system: You are a helpful assistant.
user:
Analyze the provided spectrum to determine if it is a **White Dwarf (WD)**.

A White Dwarf spectrum is defined by its **extreme purity** (due to gravitational settling) and/or **extreme pressure broadening** (due to high surface gravity). You must check for one of the following mutually exclusive signatures:

- **Key Visual Indicators (Check for ONE of these types):**

    - **1. DA-Type Signature (Most Common):**
        - **(Primary Feature):** Extreme pressure broadening (Stark broadening) of the **Hydrogen (H) Balmer lines**.
        - **(Key Lines):** $H\beta$ (approx. $4861$ Å) and $H\gamma$ (approx. $4340$ Å). $H\alpha$ (approx. $6563$ Å) will also be present if the wavelength range covers it.
        - **(Line Profile):** This is the **defining feature**. The lines are **NOT** sharp. They appear as massive, **extremely broad and deep "troughs" or "dips"** in the spectrum, often hundreds of Ångströms wide. The continuum will appear to "scoop" down at these wavelengths.
        - **(Distinction):** Normal A-type or B-type stars have *narrow* and *sharp* Hydrogen lines. A DA White Dwarf's lines are unmistakably "smeared" or "blurry" from pressure.

    - **2. DB-Type Signature:**
        - **(Primary Feature):** Broad absorption lines from **Neutral Helium (He I)**. The spectrum must lack any visible Hydrogen lines.
        - **(Key Lines):** Look for broad absorption near $4471$ Å, $4921$ Å, and $5876$ Å.
        - **(Line Profile):** These lines are also significantly pressure-broadened, appearing much wider than they would in a normal B-type main-sequence star.

    - **3. DC-Type Signature:**
        - **(Primary Feature):** A **featureless continuous spectrum**.
        - **(Line Profile):** The spectrum is a smooth curve with **no significant absorption or emission lines**.
        - **(Key Confirmation):** The continuum is almost always **blue or white**, indicating a hot object. This signature implies the atmosphere is so pure (or so cool) that no spectral lines are visible in the optical range. Its WD identity is confirmed by its extremely low intrinsic brightness (high absolute magnitude).

    - **4. DZ-Type Signature (Metal-Polluted):**
        - **(Primary Feature):** **Isolated, narrow metal absorption lines** on an otherwise featureless (DC-like) continuum.
        - **(Key Lines):** The **Calcium (Ca II) H & K doublet** (approx. **$3934$ Å** and **$3968$ Å**) is the most common and defining feature.
        - **(Line Profile):** These lines are "out of place." They are *not* part of a "forest" of thousands of lines. This signature is evidence of recent *accretion* (pollution) from rocky debris.
        - **(Distinction):** Normal G/K/M stars have a *dense forest* of thousands of metal lines. A DZ has a *clean* continuum with *only a few* strong metal lines.

    - **5. DQ-Type Signature (Carbon-Polluted):**
        - **(Primary Feature):** Absorption bands from **Carbon (C₂ "Swan Bands" or atomic C I)**.
        - **(Key Lines - C₂):** Look for bandheads with a "saw-tooth" shape near $5635$ Å, **$5165$ Å** (strongest), and $4737$ Å.
        - **(Key Confirmation):** The underlying **continuum must be blue or white** (hot).
        - **(Distinction):** This is the critical difference from a **Carbon Star**, which has the *exact same* C₂ bands but on an extremely **red, cool** continuum.

- **(Overall Spectrum):**
    - The continuum (overall shape) is typically **blue-sloping** (brighter in the blue than the red), as most white dwarfs are very hot.
    - The spectrum will look "pure" or "simple," dominated by only *one* of the five signatures listed above.

Think first, call **spectral_visualization_tool** if needed to examine features in detail, then provide your final answer. Your response must adhere to the following strict rules:
1.  **Overall Structure:** Your response must follow the format `<think>...</think> <tool_call>...</tool_call> (if a tool is used) <answer>...</answer>`.
2.  **Tool Usage Constraint:** You may only make **one** tool call per turn.
3.  **Final Answer Format:** In the `<answer>` tag, your conclusion must be inside a `\boxed{}` command (e.g., `\boxed{YES}` or `\boxed{NO}`), followed by your justification.

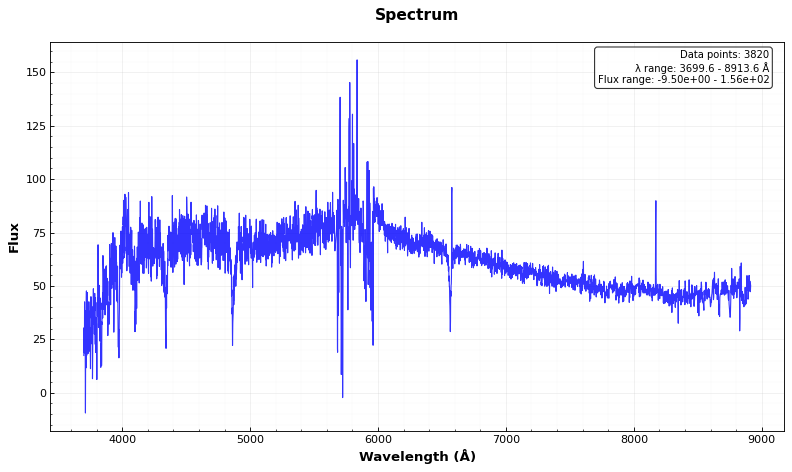
Answer: NO